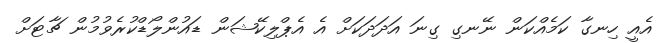
އެއީ ހިނގާ ކަމެއްކަން ނޭނގި ގިނަ އަދަދަކަށް އެ އެޕްލިކޭޝަން ޑައުންލޯޑްކުރެވުމުން ޗާޓަށް